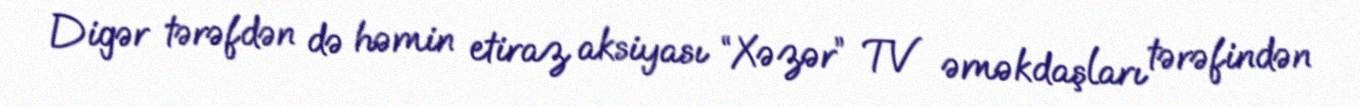
Digər tərəfdən də həmin etiraz aksiyası “Xəzər” TV əməkdaşları tərəfindən